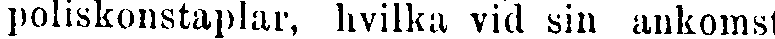
poliskonstaplar, hvilka vid sin ankomst